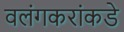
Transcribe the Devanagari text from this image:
वलंगकरांकडे